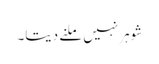
شوہر نہیں ملنے دیتا۔